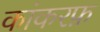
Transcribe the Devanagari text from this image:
कांकरफ़